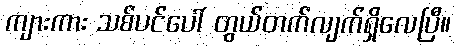
ကျားကား သစ်ပင်ပေါ် တွယ်တက်လျက်ရှိလေပြီ။